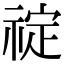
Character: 𬓆